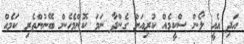
އަދި އެއީ ލޯން ސްކީމެއް ކުރިއަށް ގެންދާ ނަމަ ކޮންމެހެން ބޭނުންތެރި ކަމެއް